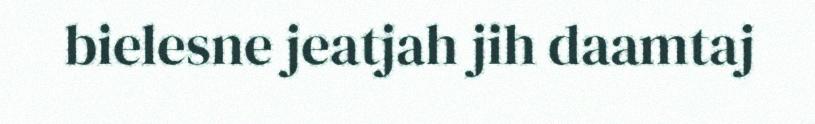
bielesne jeatjah jih daamtaj